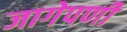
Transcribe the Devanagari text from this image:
जागेपणी